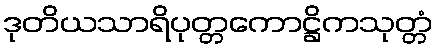
ဒုတိယသာရိပုတ္တကောဋ္ဌိကသုတ္တံ